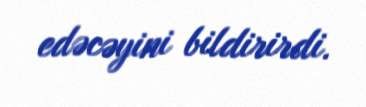
edəcəyini bildirirdi.